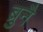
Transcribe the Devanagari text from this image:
ब्रुनै